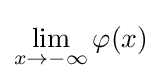
\lim _{x\rightarrow -\infty }\varphi (x)